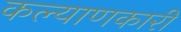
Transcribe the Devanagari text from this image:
कल्‍याणकारी